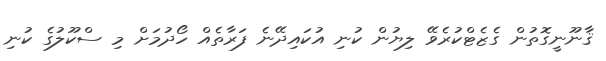
ޤާނޫނީގޮތުން ގެޒެޓްކުރެވޭ ލިޔުން ކުނި އުކައިދޭނެ ފަރާތެއް ހޯދުމަށް މި ސްކޫލުގެ ކުނި